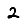
Digit: 2